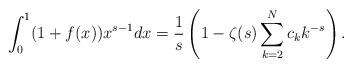
\begin{align*}\int_0^1 (1+f(x)) x^{s-1} dx= \frac{1}{s}\left(1- \zeta (s) \sum_{k=2}^N c_k k^{-s}\right) .\end{align*}